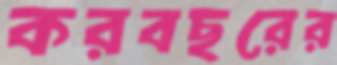
করবছরের